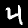
Digit: 4